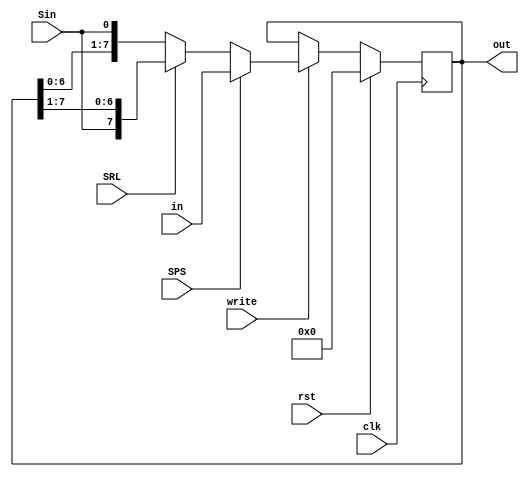
 module shiftregister #(parameter W = 8) (
	clk,
	in, out,rst, write, SPS, SRL, Sin
);
 	input clk;
	input [W-1:0] in;
	output reg [W-1:0] out;
	input rst;
	input write, Sin, SPS, SRL;

	initial
	begin
		out = {W{1'b0}};
	end

	always @(posedge clk)
	begin
		if (rst)
			out <= {W{1'b0}};
			else if (write) begin
				if (SPS) begin
					out <= in;
				end else begin
					if (SRL) 
						out <= {Sin, out[W-1:1]};
						else 
						out <= {out[W-2:0], Sin};
				end
				
			end
	end
endmodule